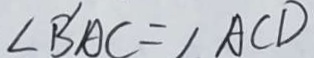
\angle B ^ { \prime } A C = \angle A C D